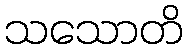
သသောတိ